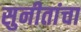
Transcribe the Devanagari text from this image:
सुनीतांचा